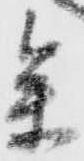
参